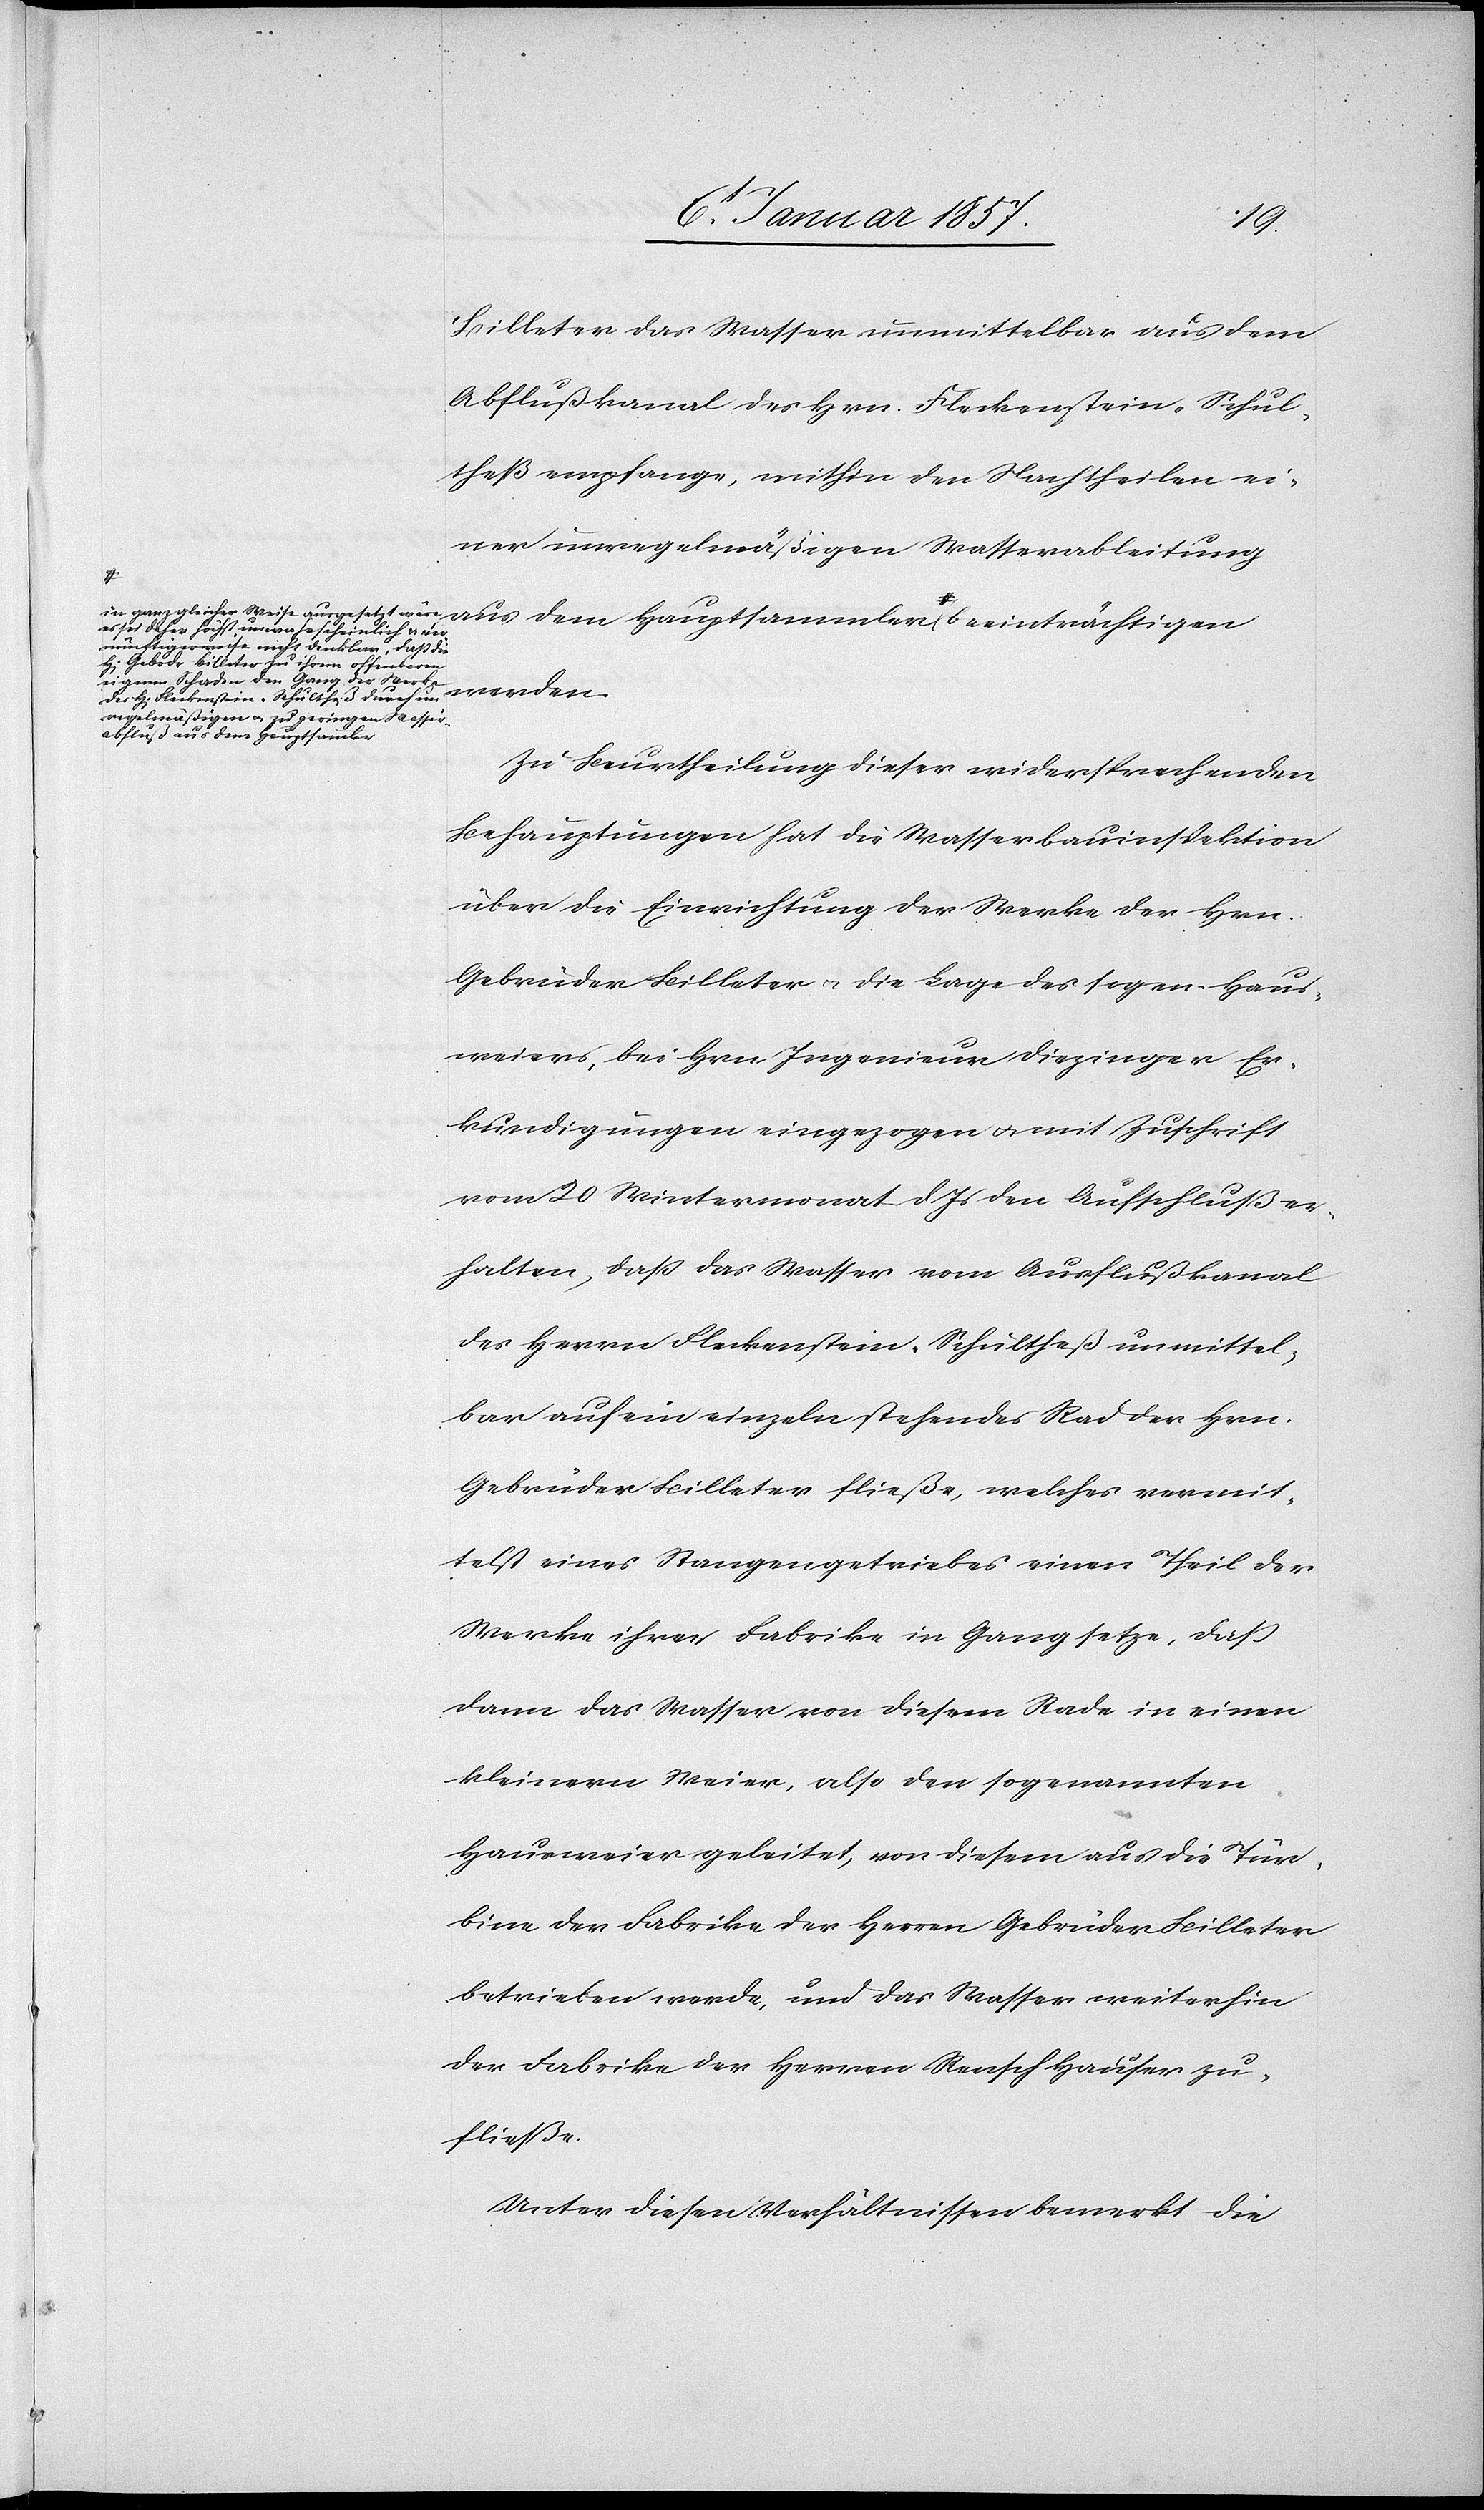
Billeter das Wasser unmittelbar aus dem
Abflußkanal des Hrn. Fleckenstein-Schul¬
theß empfange, mithin den Nachtheilen ei¬
ner unregelmäßigen Wasserableitung
es sei daher höchst unwahrscheinlich u. ver¬
nünftigerweise nicht denkbar, daß die
Gebrdr Billeter zu ihrem offenbaren
eigenen Schaden den Gang der Werke
H[errn] Fleckenstein-Schultheß durch un¬
regelmäßigen u. zu geringen
Wasser¬
beeinträchtigen werden.
Zu Beurtheilung dieser widersprechenden
Behauptungen hat die Wasserbauinspektion
über die Einrichtung der Werke der Hrn.
Gebrüder Billeter u. die Lage des sogen. Haus¬
weiers, bei Hrn Ingenieur Diezinger Er¬
kundigungen eingezogen u. mit Zuschrift
vom 20 Wintermonat d. Js den Aufschluß er¬
halten, daß das Wasser vom Ausflußkanal
des Herrn Fleckenstein-Schultheß unmittel¬
bar auf ein einzeln stehendes Rad der Hrn.
Gebrüder Billeter fließe, welches vermit¬
telst eines Stangengetriebes einen Theil der
Werke ihrer Fabrike in Gang setze, daß
dann das Wasser von diesem Rade in einen
kleinern Weier, also den sogenannten
Hausweier geleitet, von diesem aus die Tur¬
bine der Fabrike der Herren Gebrüder Billeter
betrieben werde, und das Wasser weiterhin
der Fabrike der Herren Rensch [u.] Hauser zu¬
fließe.
Unter diesen Verhältnissen bemerkt die